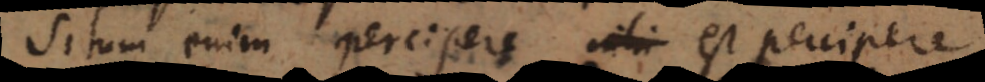
Situm enim percipere est percipere